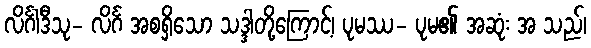
လိင်္ဂါဒီသု- လိင်္ဂ အစရှိသော သဒ္ဒါတို့ကြောင့်၊ ပုမဿ- ပုမ၏ အဆုံး အ သည်၊